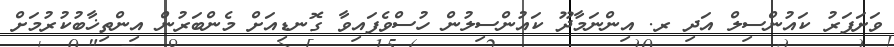
ވަށަފަރު ކައުންސިލް އަދި ރ. އިންނަމާދޫ ކައުންސިލުން ހުސްވެފައިވާ ގޮނޑިއަށް މެންބަރުން އިންތިޚާބުކުރުމަށް